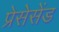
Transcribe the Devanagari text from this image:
प्रेसेसेंड